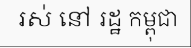
រស់ នៅ រដ្ឋ កម្ពុជា